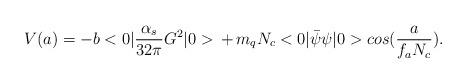
LaTeX: \begin{align*}V(a )=-b<0|{\alpha _s \over {32 \pi }}G^2|0>\, + \,m_q N_c<0|\bar \psi \psi |0> cos ({a \over {f_a N_c}}).\end{align*}